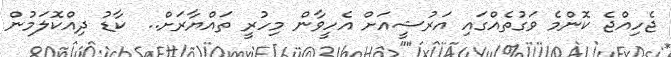
ޖެހިއްޖެ ކޮންމެ ވަގުތެއްގައި އަރުޝީއަށް އެހީވާން މިހުރީ ތައްޔާރަށް..  ކާޑު ދިއްކޮލަމުން